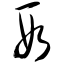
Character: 段